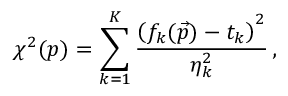
\chi ^ { 2 } ( \boldsymbol { p } ) = \sum _ { k = 1 } ^ { K } \frac { \left( f _ { k } ( \vec { p } ) - t _ { k } \right) ^ { 2 } } { \eta _ { k } ^ { 2 } } \, ,